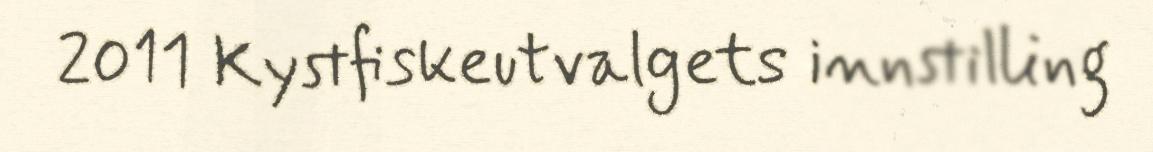
2011 Kystfiskeutvalgets innstilling